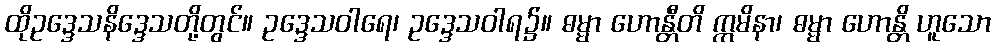
ထိုဥဒ္ဒေသနိဒ္ဒေသတို့တွင်။ ဥဒ္ဒေသဝါရေ၊ ဥဒ္ဒေသဝါရ၌။ ဓမ္မာ ဟောန္တီတိ ဣမိနာ၊ ဓမ္မာ ဟောန္တိ ဟူသော